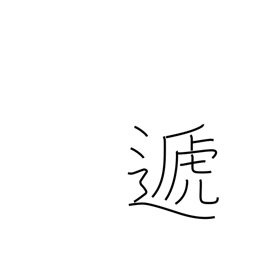
Meaning: hand over